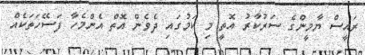
ރައީސް ޔާމީންގެ ސަރުކާރު އޮތީ މި ކަމުގައި ދެވެން އޮތް އެންމެހާ ފަސޭހަތަކެއް